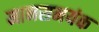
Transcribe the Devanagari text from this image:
मानसमयंक